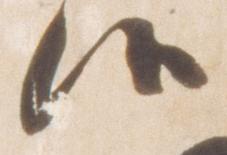
候